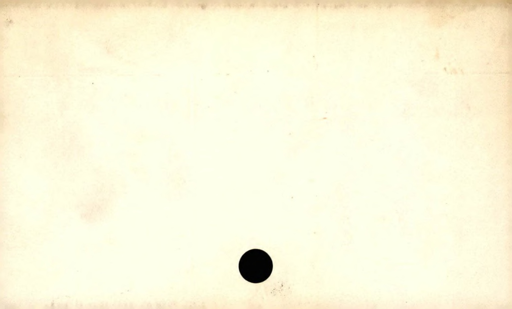
Label: blank